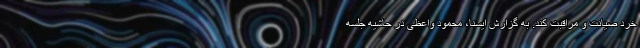
خرد صیانت و مراقبت کند. به گزارش ایسنا، محمود واعظی در حاشیه جلسه